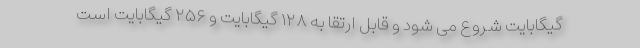
گیگابایت شروع می شود و قابل ارتقا به ۱۲۸ گیگابایت و ۲۵۶ گیگابایت است